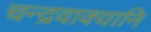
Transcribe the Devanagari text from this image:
चन्द्रवाक्यानि